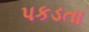
પકડતા